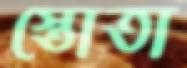
স্তোতা